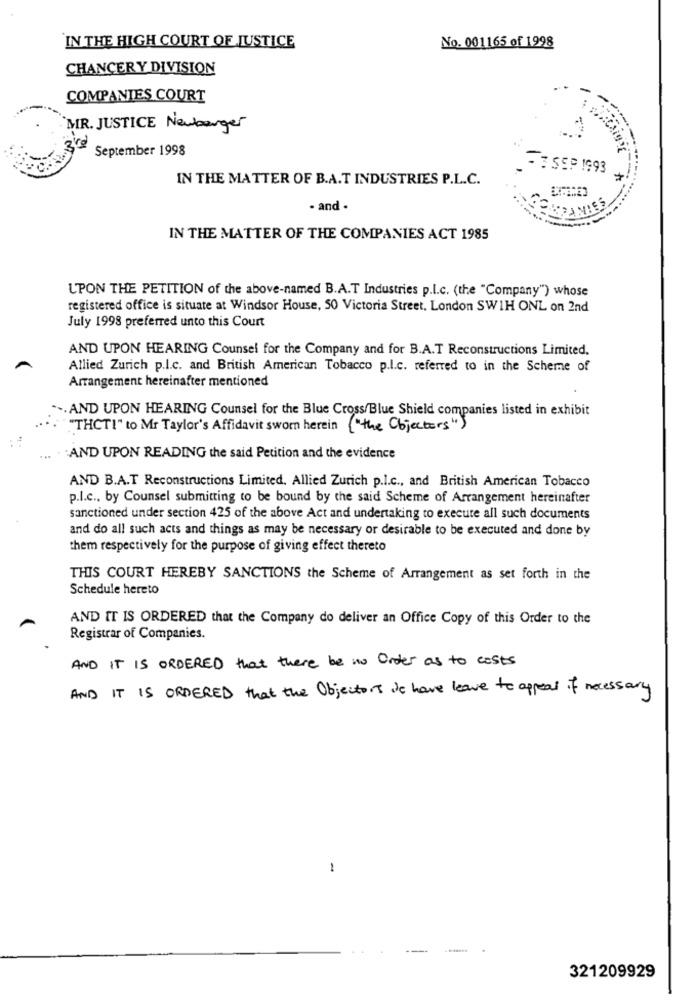
IN THE HIGH COURT OF JUSTICE
No. 001165 of 1998
CHANCERY DIVISION
COMPANIES COURT
MR. JUSTICE Newbanger
3rd
September 1998
- 3 SEP 1993
IN THE MATTER OF B.A.T INDUSTRIES P.L.C.
· and .
IN THE MATTER OF THE COMPANIES ACT 1985
UPON THE PETITION of the above-named B.A.T Industries p.I.c. (the "Company") whose
registered office is situate at Windsor House, 50 Victoria Street, London SW1H ONL on 2nd
July 1998 preferred unto this Court
AND UPON HEARING Counsel for the Company and for B.A.T Reconstructions Limited.
Allied Zurich p.I.c. and British American Tobacco p.I.c. referred to in the Scheme of
Arrangement hereinafter mentioned
... AND UPON HEARING Counsel for the Blue Cross/Blue Shield companies listed in exhibit
"THCTI" to Mr Taylor's Affidavit sworn herein ("the Objectors")
. ..
AND UPON READING the said Petition and the evidence
AND B.A.T Reconstructions Limited, Allied Zurich p.I.c ., and British American Tobacco
p.I.c ., by Counsel submitting to be bound by the said Scheme of Arrangement hereinafter
sanctioned under section 425 of the above Act and undertaking to execute all such documents
and do all such acts and things as may be necessary or desirable to be executed and done by
them respectively for the purpose of giving effect thereto
THIS COURT HEREBY SANCTIONS the Scheme of Arrangement as set forth in the
Schedule hereto
AND IT IS ORDERED that the Company do deliver an Office Copy of this Order to the
Registrar of Companies.
AND IT IS ORDERED that there be no Order as to costs
AND IT IS ORDERED that the Objectors we have leave to appear if necessary
1
321209929